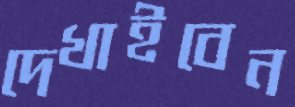
দেখাইবেন